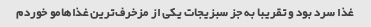
غذا سرد بود و تقریبا به جز سبزیجات یکی از مزخرف‌ترین غذاهامو خوردم